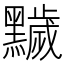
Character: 𪒩